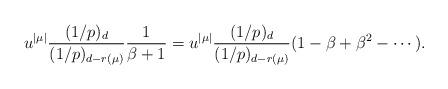
LaTeX: \begin{align*}u^{|\mu|}\frac{(1/p)_d}{(1/p)_{d-r(\mu)}} \frac{1}{\beta+1} = u^{|\mu|}\frac{(1/p)_d}{(1/p)_{d-r(\mu)}} (1-\beta+\beta^2 - \cdots).\end{align*}